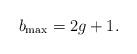
LaTeX: \begin{align*} b_{\max} = 2g+1.\end{align*}